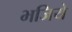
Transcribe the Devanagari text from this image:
भजिये